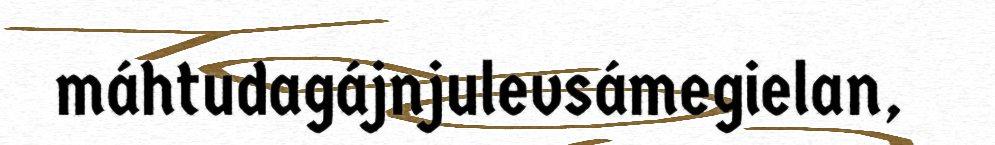
máhtudagájnjulevsámegielan,